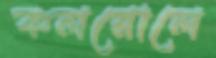
কলরোলে